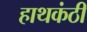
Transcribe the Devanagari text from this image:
हाथकंठी